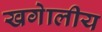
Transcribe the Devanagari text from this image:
खगेालीय